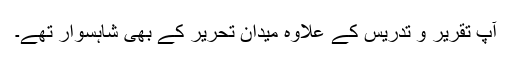
آپ تقریر و تدریس کے علاوہ میدانِ تحریر کے بھی شاہسوار تھے۔